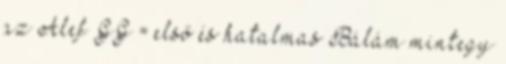
az Alef GG = első és hatalmas Bálám mintegy